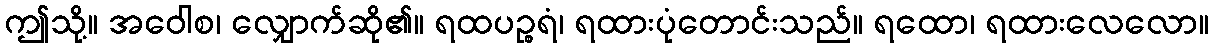
ဤသို့။ အဝေါစ၊ လျှောက်ဆို၏။ ရထပဉ္စရံ၊ ရထားပုံတောင်းသည်။ ရထော၊ ရထားလေလော။